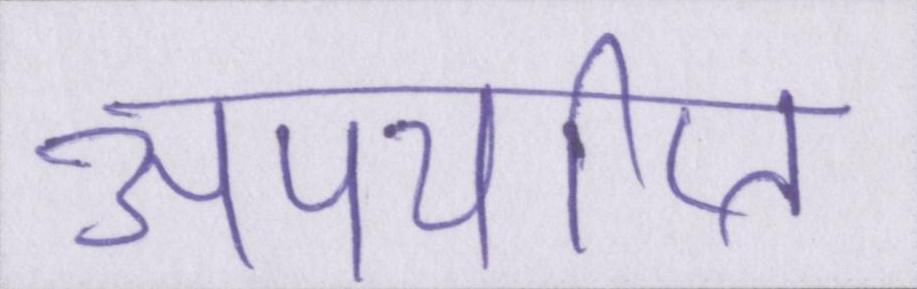
अपर्याप्त